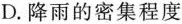
D. 降雨的密集程度